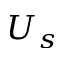
U _ { s }